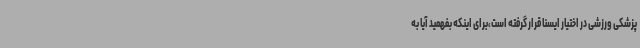
پزشکی ورزشی در اختیار ایسنا قرار گرفته است،برای اینکه بفهمید آیا به